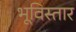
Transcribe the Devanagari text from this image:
भूविस्तार